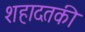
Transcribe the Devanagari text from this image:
शहादतकी